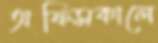
অফিসকালে